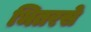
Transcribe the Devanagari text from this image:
भितरसे